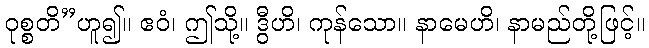
ဝုစ္စတိ”ဟူ၍။ ဧဝံ၊ ဤသို့။ ဒွီဟိ၊ ကုန်သော။ နာမေဟိ၊ နာမည်တို့ဖြင့်။